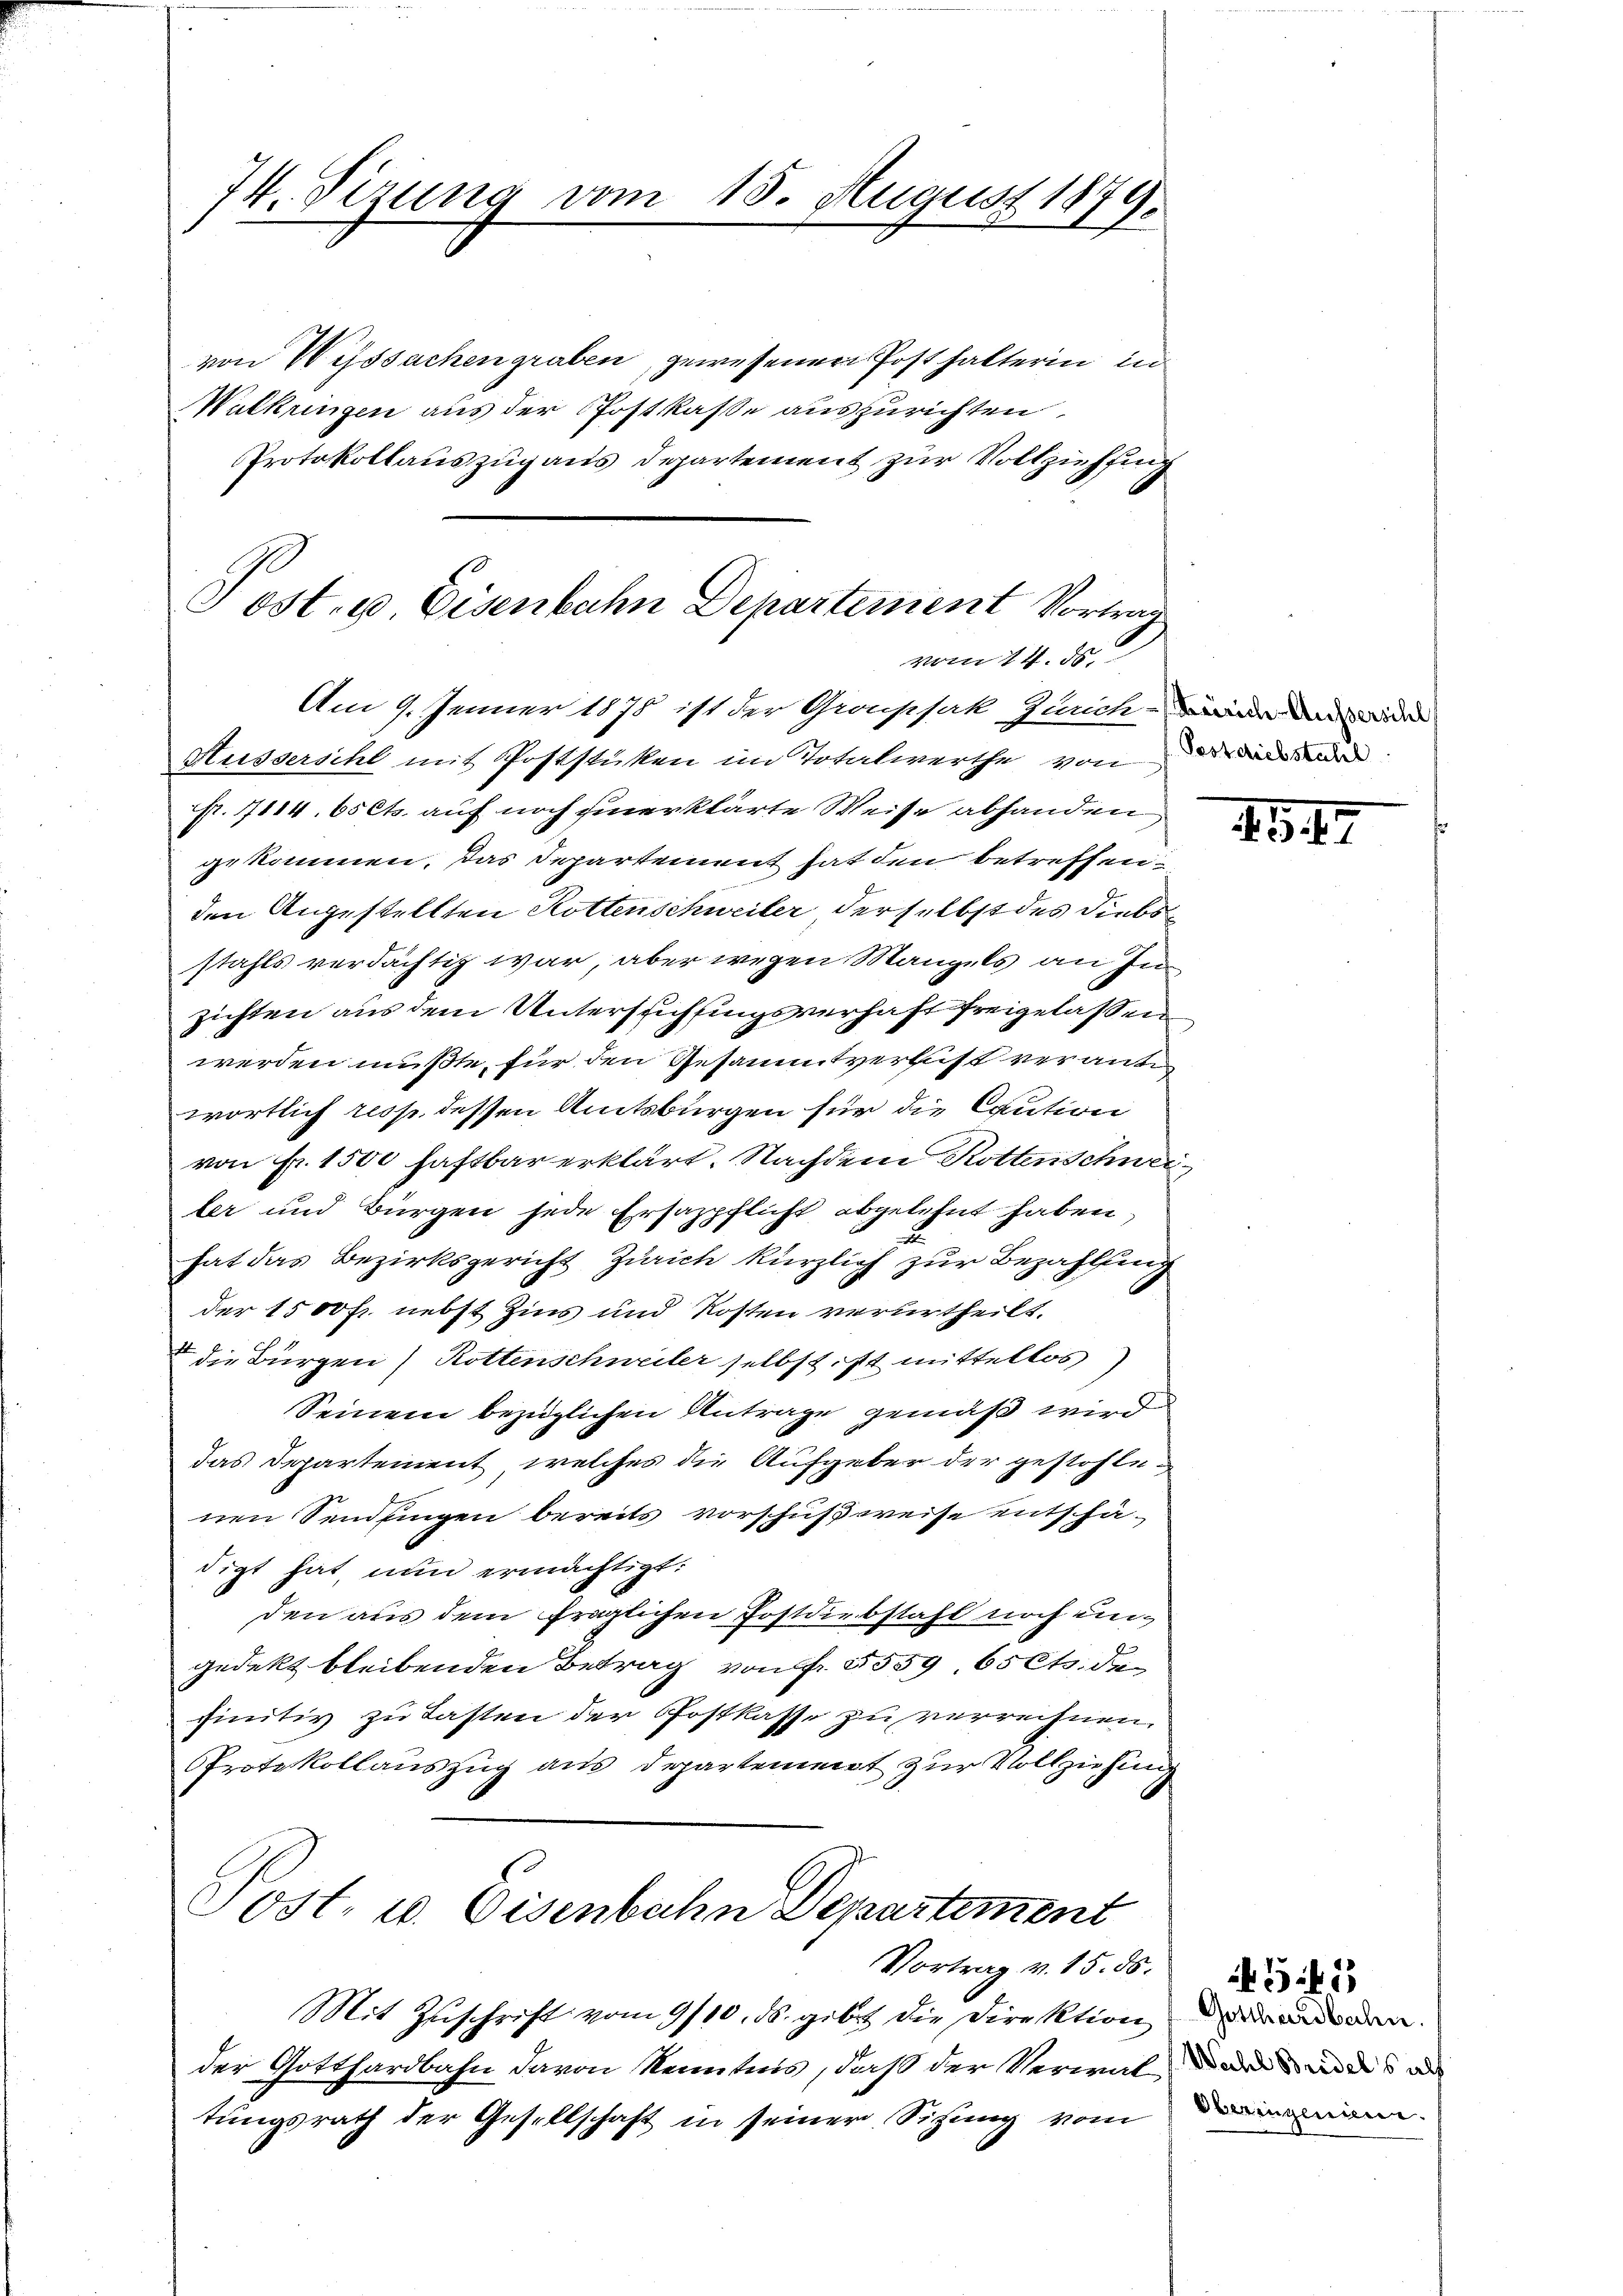
74. Serung vom

von Wyssachen graben, gewesenen Post halterin in
Wulkringen aus der Postkasse auszurichten.
Protokollauszug aus Departement zur Vollziehung

Post. u Eisenbahn Departement Vortrag
vom 14. ds.
Am 9. Jenner 1875 ist der Groupsak Zürich der da wied
Ausserschl mit Poststüken im Totalwerthe von der die

15. August 1879.

p. 1114. 65 Cts. auf noch unerklärte Weise abhanden
gekommen, das Departement hat den betreffen
den Angestellten Rottenschweiler, der selbst des Diebsstahls verdächtig war, aber wegen Mangels an In
zichten aus dem Untersuchfingsverhaft freigelassen
werden mußte, für den Gesammtverlust verante
wortlich resp. dessen Amtsbürgen für die Caution
von Fr. 1500 haftbar erklärt. Nachdem Rottenschweiler und Bürgen jede Ersazpflicht abgelehnt haben
2.
hat das Bezirksgericht Zürich kürzlich zur Bezahlung
der 1500 fr. nebst Zins und Kosten verurtheilt.
die Bürgen Rottenschweiler selbst ist mittellos
Seinem bezüglichen Antrage gemäß wird
das Departement, welches die Aufgeber der gestohlenen Sendlingen bereits vorschußweise entschä-
digt hat, nun ermächtigt:
den aus dem fraglichen Postdiebstahl noch ungedekt bleibenden Betrag von fr. 5559. 65 Cts. die
finitiv zu Lasten der Postkasse zu verrechnen.
PProtokollauszug aus Departement zur Vollziehung
Post- u. Eisenbahn Departement
Vortrag v. 15. ds.
Mit Zŭschrift vom 9/10. ds. gibt die Direktion
der Gotthardbahn davon Kenntnis, daß der Verwalder andes au
tungsrath der Gesellschaft in seiner Sitzung vom

1547

Gotthardbache.
Oberingenien.

4545